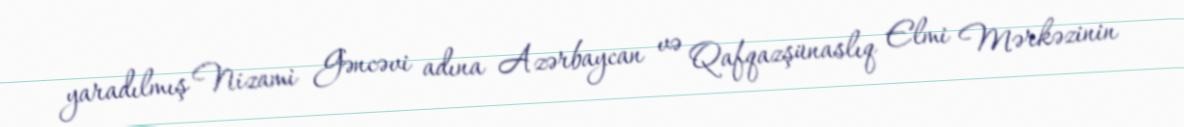
yaradılmış Nizami Gəncəvi adına Azərbaycan və Qafqazşünaslıq Elmi Mərkəzinin